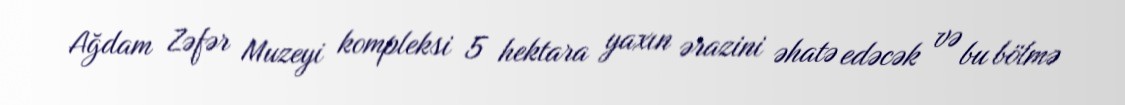
Ağdam Zəfər Muzeyi kompleksi 5 hektara yaxın ərazini əhatə edəcək və bu bölmə